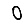
Digit: 0